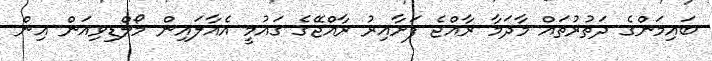
ބައިމަންގެ ދަތުރުތައް މާދަމާ ރާއްޖެ ފަށާއިރު ރާއްޖޭގެ ގައުމީ އެއާލައިން މޯލްޑިވިއަން އިން